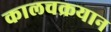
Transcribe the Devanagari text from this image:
कालचक्रयान